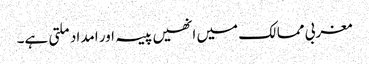
مغربی ممالک میں انھیں پیسہ اور امداد ملتی ہے۔